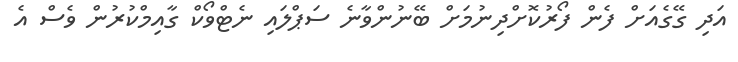
އަދި ގޭގެއަށް ފެން ފޯރުކޮށްދިނުމަށް ބޭނުންވާނެ ސަޕްލައި ނެޓްވޯކް ގާއިމްކުރުން ވެސް އެ